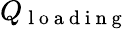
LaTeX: Q_{\mathrm{~l~o~a~d~i~n~g~}}